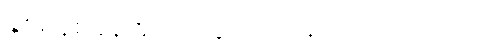
နှစ်မိနစ်ခန့်အကြာတွင် ဂျက်နက်ဝင်လာသည်။